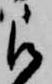
被